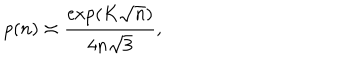
LaTeX: p ( n ) \asymp { \frac { \exp ( K \sqrt n ) } { 4 n \sqrt 3 } } ,